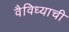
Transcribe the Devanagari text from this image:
वैविध्याची